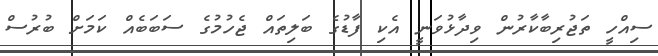
ސިއްހީ ތަޖުރިބާކާރުން ވިދާޅުވަނީ އެކި ފާޑުގެ ބަލިތައް ޖެހުމުގެ ސަބަބެއް ކަމަށް ބުރުސް